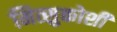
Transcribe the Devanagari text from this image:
मित्सुकोशी